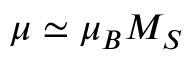
\mu \simeq \mu _ { B } M _ { S }